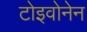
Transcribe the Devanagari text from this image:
टोइवोनेन